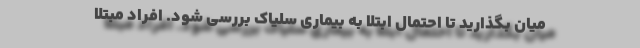
میان بگذارید تا احتمال ابتلا به بیماری سلیاک بررسی شود. افراد مبتلا